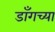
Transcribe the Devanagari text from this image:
डाँगच्या